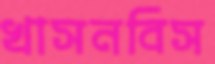
খাসনবিস